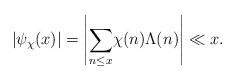
LaTeX: \begin{align*} \left | \psi _{\chi }(x) \right| =\left| \underset{n \leq x}\sum \chi (n)\Lambda (n) \right| \ll x . \end{align*}